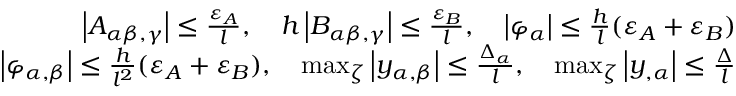
\begin{array} { r } { \left| A _ { \alpha \beta , \gamma } \right| \le \frac { \varepsilon _ { A } } { l } , \quad h \left| B _ { \alpha \beta , \gamma } \right| \le \frac { \varepsilon _ { B } } { l } , \quad \left| \varphi _ { \alpha } \right| \le \frac { h } { l } ( \varepsilon _ { A } + \varepsilon _ { B } ) } \\ { \left| \varphi _ { \alpha , \beta } \right| \le \frac { h } { l ^ { 2 } } ( \varepsilon _ { A } + \varepsilon _ { B } ) , \quad \operatorname* { m a x } _ { \zeta } \left| y _ { \alpha , \beta } \right| \le \frac { \Delta _ { \alpha } } { l } , \quad \operatorname* { m a x } _ { \zeta } \left| y _ { , \alpha } \right| \le \frac { \Delta } { l } } \end{array}